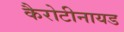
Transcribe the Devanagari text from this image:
कैरोटीनायड